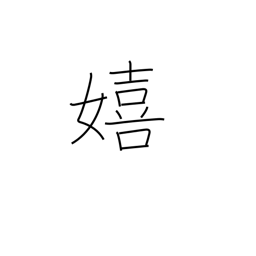
Meaning: glad